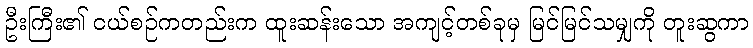
ဦးကြီး၏ ငယ်စဉ်ကတည်းက ထူးဆန်းသော အကျင့်တစ်ခုမှ မြင်မြင်သမျှကို တူးဆွကာ